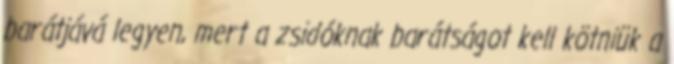
barátjává legyen, mert a zsidóknak barátságot kell kötniük a